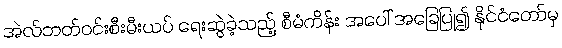
အဲလ်ဘတ်ဝင်းစီးမီးယပ် ရေးဆွဲခဲ့သည့် စီမံကိန်း အပေါ် အခြေပြု၍ နိုင်ငံတော်မှ